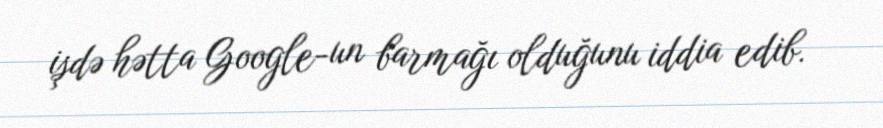
işdə hətta Google-un barmağı olduğunu iddia edib.